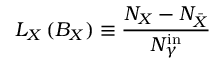
L _ { X } \, ( B _ { X } ) \equiv { \frac { N _ { X } - N _ { \bar { X } } } { N _ { \gamma } ^ { \mathrm { i n } } } }